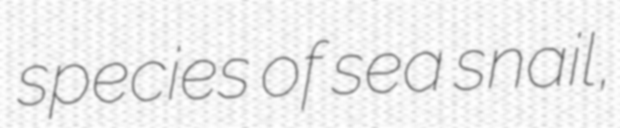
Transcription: species of sea snail,